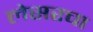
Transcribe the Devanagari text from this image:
लेसरचा